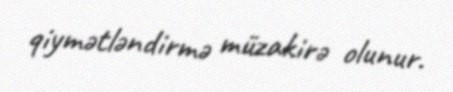
qiymətləndirmə müzakirə olunur.